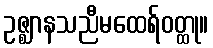
ဥဇ္ဈာနသညီမထေရ်ဝတ္ထု။